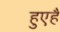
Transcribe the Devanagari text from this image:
हुएहैं